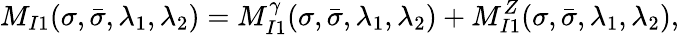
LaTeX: M_{I1}(\sigma,\bar{\sigma},\lambda_{1},\lambda_{2})=M_{I1}^{\gamma}(\sigma,\bar{\sigma},\lambda_{1},\lambda_{2})+M_{I1}^{Z}(\sigma,\bar{\sigma},\lambda_{1},\lambda_{2}),